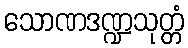
သောဏဒဏ္ဍသုတ္တံ